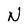
Character: N